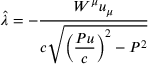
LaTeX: \hat { \lambda } = - \frac { W ^ { \mu } u _ { \mu } } { \displaystyle c \sqrt { \left( \frac { P u } { c } \right) ^ { 2 } - P ^ { 2 } } }